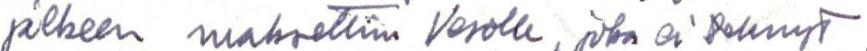
jälkeen maksettiin Vesolle, joka ei tehnyt